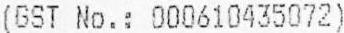
(GST NO.: 000610435072)